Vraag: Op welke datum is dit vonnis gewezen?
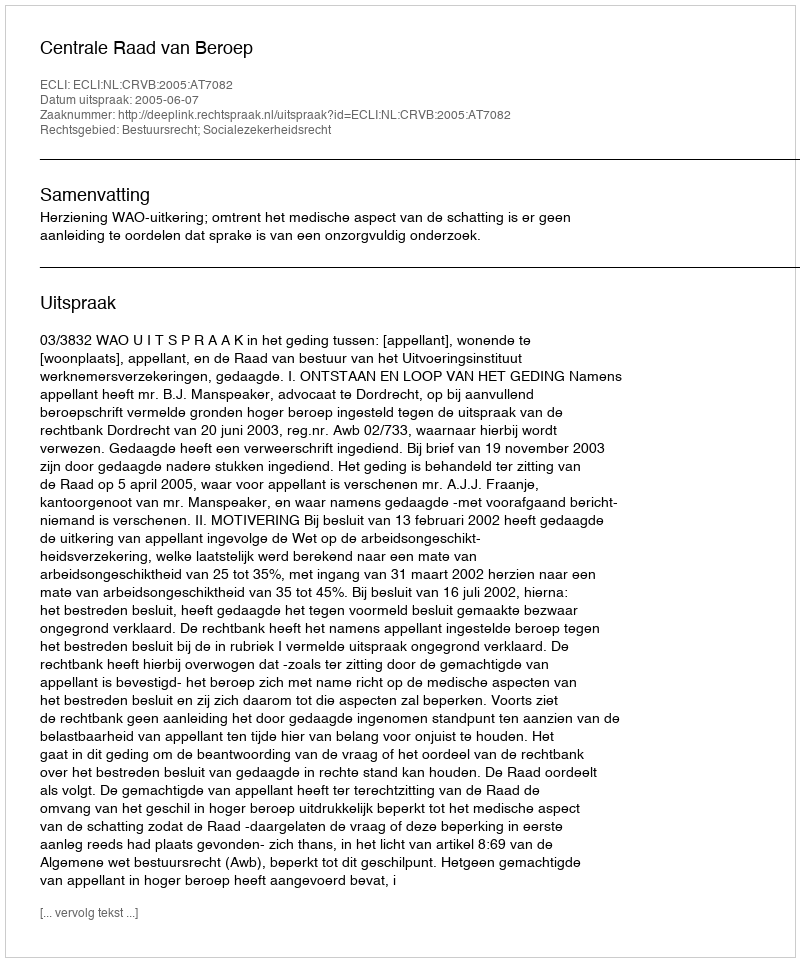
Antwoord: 2005-06-07